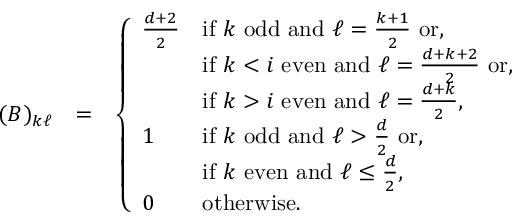
\begin{array} { r l r } { ( B ) _ { k \ell } } & { = } & { \left\{ \begin{array} { l l } { \frac { d + 2 } { 2 } } & { \mathrm { i f ~ } k \mathrm { ~ o d d ~ a n d ~ } \ell = \frac { k + 1 } { 2 } \mathrm { ~ o r } , } \\ & { \mathrm { i f ~ } k < i \mathrm { ~ e v e n ~ a n d ~ } \ell = \frac { d + k + 2 } { 2 } \mathrm { ~ o r } , } \\ & { \mathrm { i f ~ } k > i \mathrm { ~ e v e n ~ a n d ~ } \ell = \frac { d + k } { 2 } , } \\ { 1 } & { \mathrm { i f ~ } k \mathrm { ~ o d d ~ a n d ~ } \ell > \frac { d } { 2 } \mathrm { ~ o r , } } \\ & { \mathrm { i f ~ } k \mathrm { ~ e v e n ~ a n d ~ } \ell \le \frac { d } { 2 } , } \\ { 0 } & { \mathrm { o t h e r w i s e . ~ } } \end{array} \right. } \end{array}